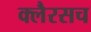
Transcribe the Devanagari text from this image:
क्लैरसच